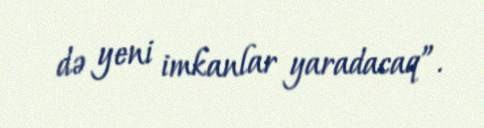
də yeni imkanlar yaradacaq”.